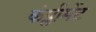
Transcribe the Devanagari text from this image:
कंप्लीमेंट